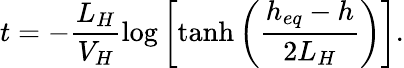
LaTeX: t=-\frac{L_{H}}{V_{H}}\log\left[\operatorname{tanh}\left(\frac{h_{eq}-h}{2L_{H}}\right)\right].